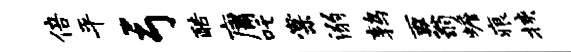
倍平弓酷庸吒棠溺鹑西蓊蟾痕挟